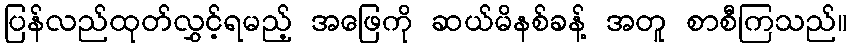
ပြန်လည်ထုတ်လွှင့်ရမည့် အဖြေကို ဆယ်မိနစ်ခန့် အတူ စာစီကြသည်။